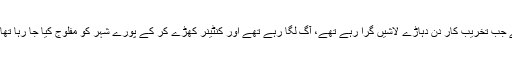
اسکی ایک واضح مثال 12 مئی کا واقعہ ہے جب تخریب کار دن دہاڑے لاشیں گرا رہے تھے، آگ لگا رہے تھے اور کنٹینر کھڑے کر کے پورے شہر کو مفلوج کیا جا رہا تھا مگر پولیس ہمیں کہیں نظر نہیں آ رہی تھی۔